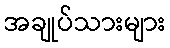
အချုပ်သားများ